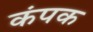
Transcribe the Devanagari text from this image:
कंपक